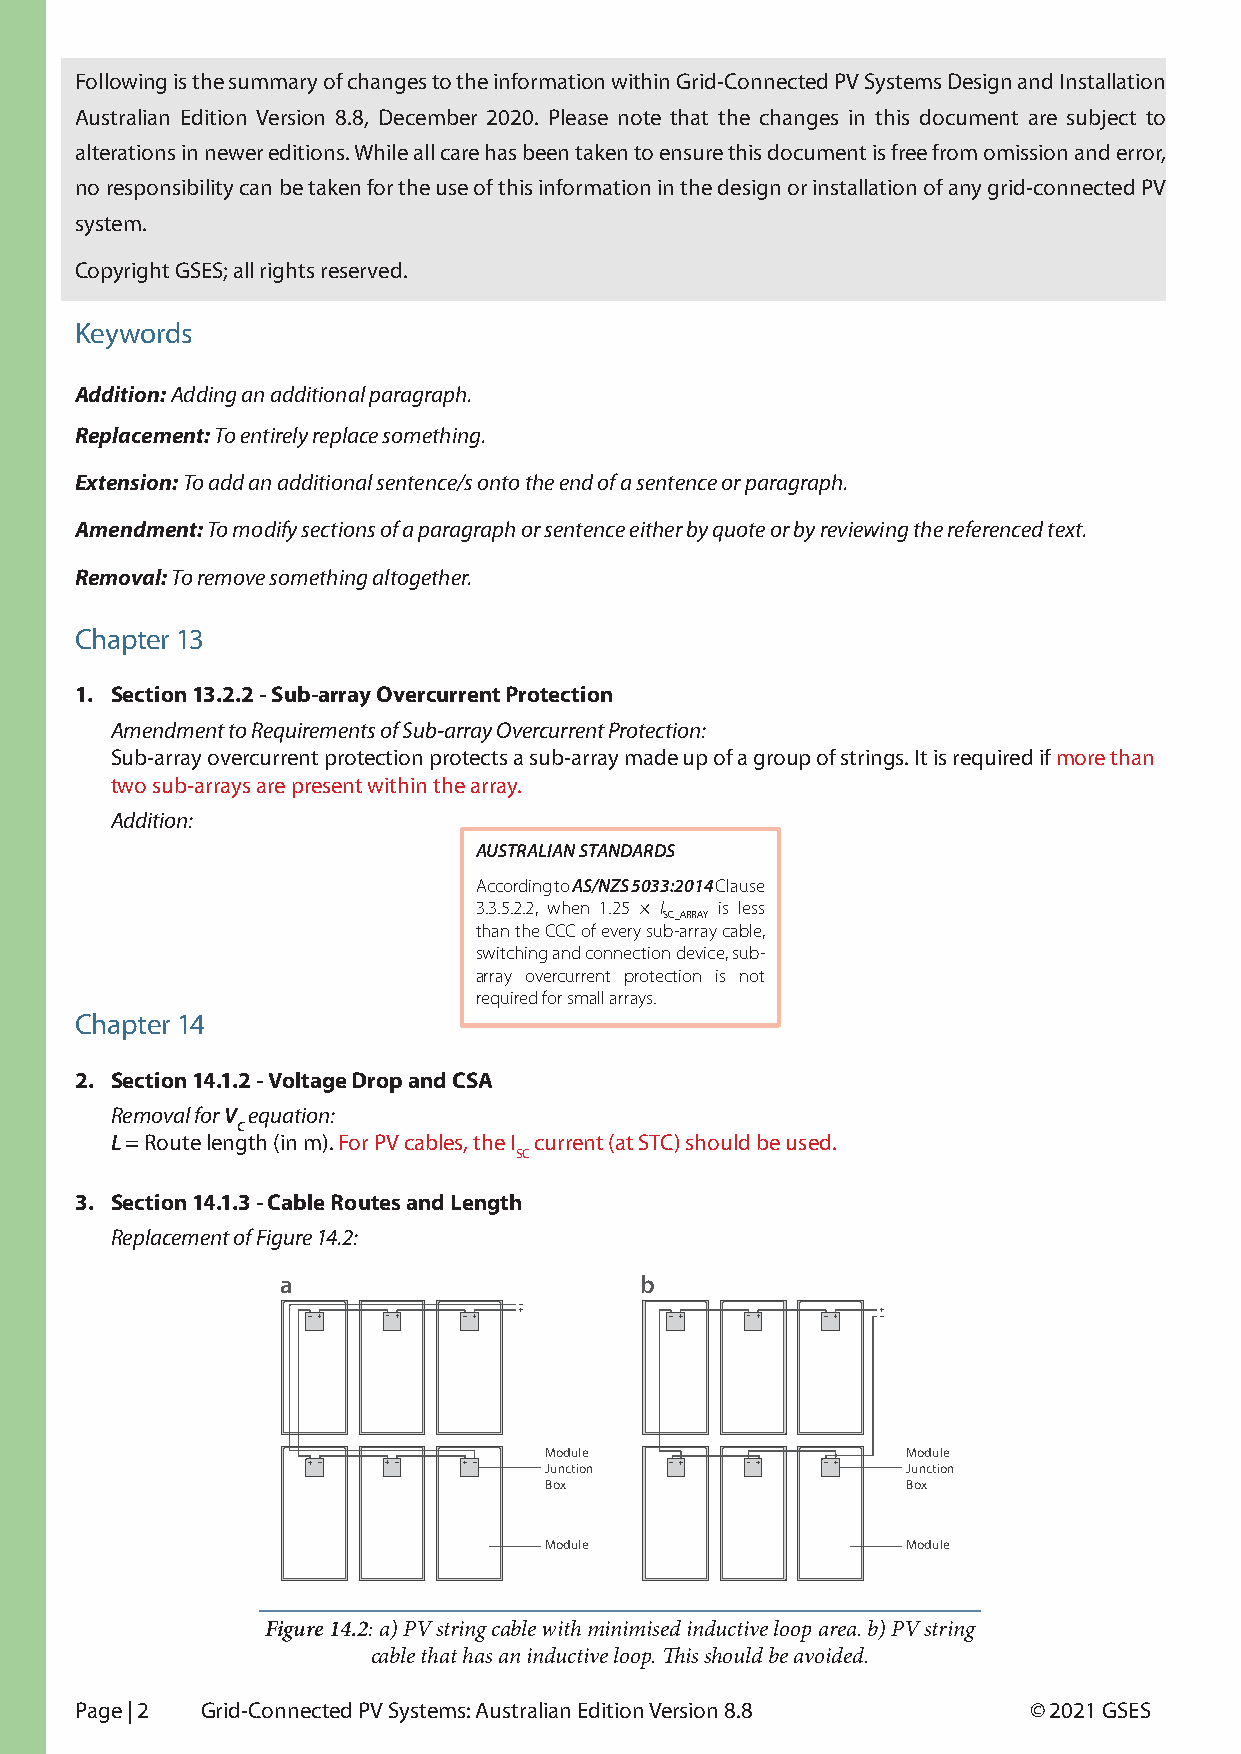
Following is the summary of changes to the information within Grid-Connected PV Systems Design and Installation
 Australian Edition Version 8.8, December 2020. Please note that the changes in this document are subject to
 alterations in newer editions. While all care has been taken to ensure this document is free from omission and error,
 no responsibility can be taken for the use of this information in the design or installation of any grid-connected PV
 system.
 Copyright GSES; all rights reserved.
 Keywords
 Addition: Adding an additional paragraph.
 Replacement: To entirely replace something.
 Extension: To add an additional sentence/s onto the end of a sentence or paragraph.
 Amendment: To modify sections of a paragraph or sentence either by quote or by reviewing the referenced text.
 Removal: To remove something altogether.
 Chapter 13
 1. Section 13.2.2 - Sub-array Overcurrent Protection
 Amendment to Requirements of Sub-array Overcurrent Protection:
 Sub-array overcurrent protection protects a sub-array made up of a group of strings. It is required if more than
 two sub-arrays are present within the array.
 Addition:
 AUSTRALIAN STANDARDS
 According to AS/NZS 5033:2014 Clause
 3.3.5.2.2, when 1.25 × I is less
 SC_ARRAY
 than the CCC of every sub-array cable,
 switching and connection device, sub-
 array overcurrent protection is not
 required for small arrays.
 Chapter 14
 2. Section 14.1.2 - Voltage Drop and CSA
 Removal for V equation:
 C
 L = Route length (in m). For PV cables, the I current (at STC) should be used.
 SC
 3. Section 14.1.3 - Cable Routes and Length
 Replacement of Figure 14.2:
 a                      b
 Module                  Module
 Junction                Junction
 Box                     Box
 Module                  Module
 Figure 14.2: a) PV string cable with minimised inductive loop area. b) PV string
 cable that has an inductive loop. This should be avoided.
 Page | 2 Grid-Connected PV Systems: Australian Edition Version 8.8 © 2021 GSES